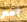
أمم